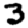
Digit: 3